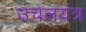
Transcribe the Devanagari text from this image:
उचलयंत्र